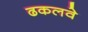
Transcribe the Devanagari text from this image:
ढकलवे